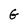
Character: G